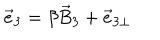
{ \vec { e } } _ { 3 } = \beta { \vec { B } } _ { 3 } + { \vec { e } } _ { 3 \perp }